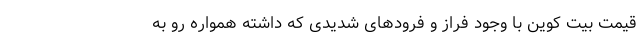
قیمت بیت کوین با وجود فراز و فرودهای شدیدی که داشته همواره رو به